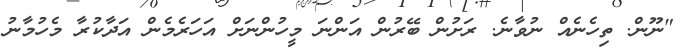
"ނޫން. ތިހެނެއް ނުވާނެ. ރަށުން ބޭރުން އަންނަ މީހުންނަށް އަހަރެމެން އަދާކުރާ މެހުމާނު